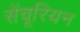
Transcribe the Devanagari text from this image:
सेंचूरियन